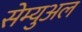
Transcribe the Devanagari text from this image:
सेम्‍युअल